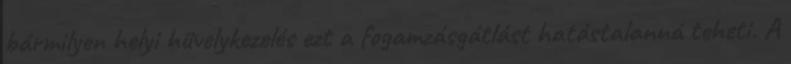
bármilyen helyi hüvelykezelés ezt a fogamzásgátlást hatástalanná teheti. A